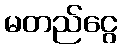
မတည်ငွေ